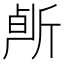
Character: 𰕠